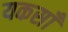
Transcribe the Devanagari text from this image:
यकसाँ